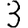
Digit: 3